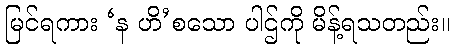
မြင်ရကား ‘န ဟိ’စသော ပါဌ်ကို မိန့်ရသတည်း။